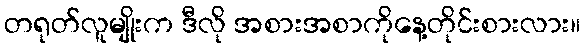
တရုတ်လူမျိုးက ဒီလို အစားအစာကိုနေ့တိုင်းစားလား။